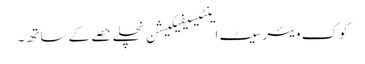
کوک ویئر سیٹ اینٹیسیفیکیشن نچلے حصے کے ساتھ۔